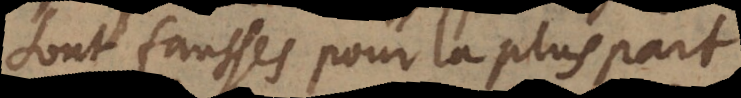
sont fausses pour la plus part.